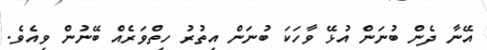
އޭނާ ދެން ބުނަން އުޅޭ ވާހަކަ ބުނަން އިތުރު ހިތްވަރެއް ބޭނުން ވިއެވެ.